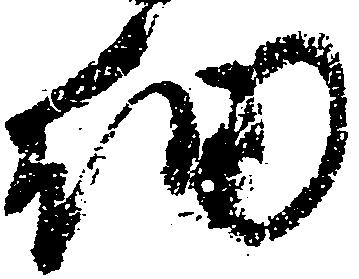
細